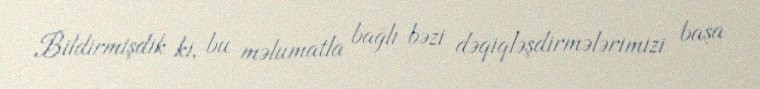
Bildirmişdik ki, bu məlumatla bağlı bəzi dəqiqləşdirmələrimizi başa